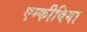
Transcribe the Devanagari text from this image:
एम्‍फीबिया